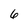
Character: 6